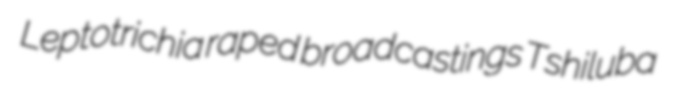
Leptotrichia raped broadcastings Tshiluba